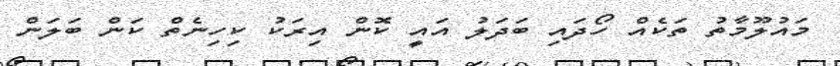
މައުލޫމާތު ތަކެއް ހޯދައި ބަދަލު އައީ ކޮން އިރަކު ކިހިނެތް ކަން ބަލަން